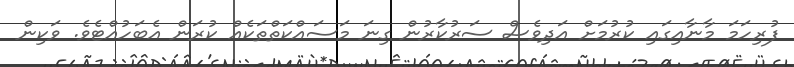
ފުރިހަމަ މާނާއިގައި ކުރުމަށް އަދިވެސް ސަރުކާރުން ގިނަ މަސައްކަތްތަކެއް ކުރަން އެބަހުއްޓެވެ. ވަކިން